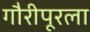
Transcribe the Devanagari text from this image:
गौरीपूरला